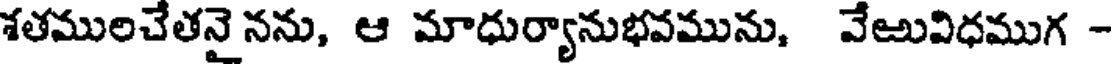
శతములచేతనై నను, ఆ మాధుర్యానుభవమును, వేఱువిధముగ -